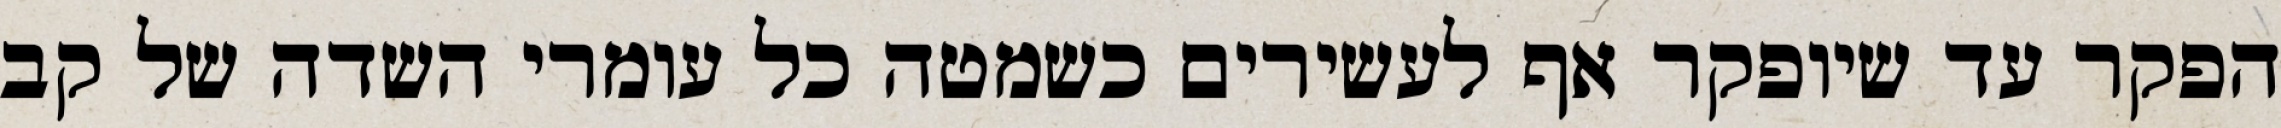
הפקר עד שיופקר אף לעשירים כשמטה כל עומרי השדה של קב